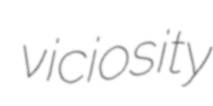
viciosity